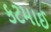
કટમાઈ